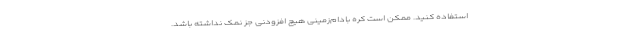
استفاده کنید. ممکن است کره بادام‌زمینی هیچ افزودنی جز نمک نداشته باشد.